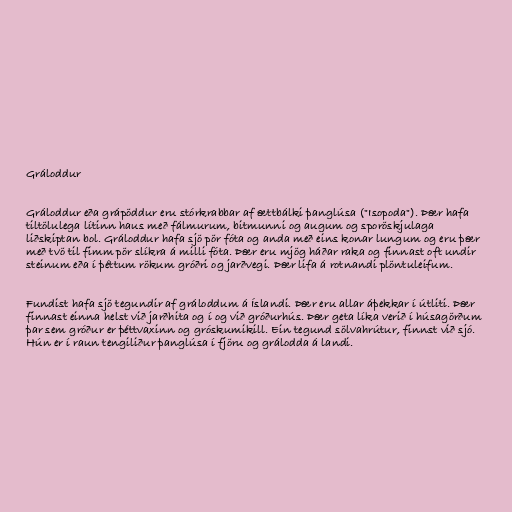
Gráloddur

Gráloddur eða grápöddur eru stórkrabbar af ættbálki þanglúsa ("Isopoda"). Þær hafa
tiltölulega lítinn haus með fálmurum, bitmunni og augum og sporöskjulaga
liðskiptan bol. Gráloddur hafa sjö pör fóta og anda með eins konar lungum og eru þær
með tvö til fimm pör slíkra á milli fóta. Þær eru mjög háðar raka og finnast oft undir
steinum eða í þéttum rökum gróðri og jarðvegi. Þær lifa á rotnandi plöntuleifum.

Fundist hafa sjö tegundir af gráloddum á Íslandi. Þær eru allar áþekkar í útliti. Þær
finnast einna helst við jarðhita og í og við gróðurhús. Þær geta líka verið í húsagörðum
þar sem gróður er þéttvaxinn og gróskumikill. Ein tegund sölvahrútur, finnst við sjó.
Hún er í raun tengiliður þanglúsa í fjöru og grálodda á landi.